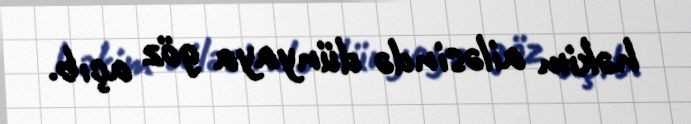
həkim ailəsində dünyaya göz açıb.